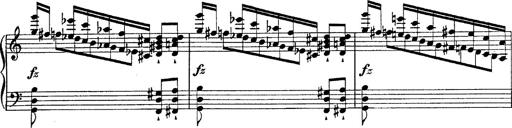
Title: Fantasie Ã¼ber Themen aus Mozarts Figaro und Don Giovanni
Composer: Franz Liszt